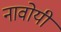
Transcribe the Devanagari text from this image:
नावोयी